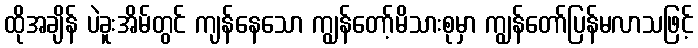
ထိုအချိန် ပဲခူးအိမ်တွင် ကျန်နေသော ကျွန်တော့်မိသားစုမှာ ကျွန်တော်ပြန်မလာသဖြင့်